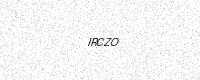
Text: IRCZO